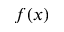
f ( x )